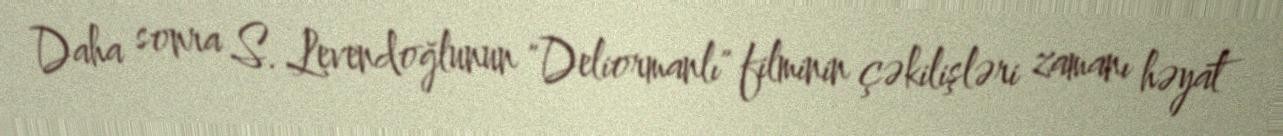
Daha sonra S. Levendoğlunun "Deliormanlı" filminin çəkilişləri zamanı həyat